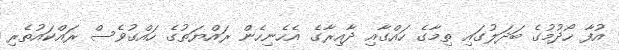
އުފާ ހޯދުމުގެ ބަދަލުގައި ތިމާގެ ހައްގާއި ދާއިރާގެ އެހެނިހެން ރައްޔަތުގެ ހައްގުވެސް ރައްކައުތެރި